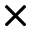
\times